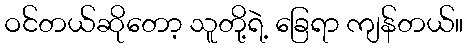
ဝင်တယ်ဆိုတော့ သူတို့ရဲ့ ခြေရာ ကျန်တယ်။